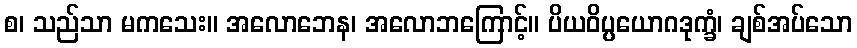
စ၊ သည်သာ မကသေး။ အလောဘေန၊ အလောဘကြောင့်။ ပိယဝိပ္ပယောဂဒုက္ခံ၊ ချစ်အပ်သော